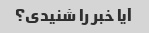
آیا خبر را شنیدی؟